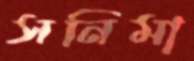
সনিমা